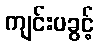
ကျင်းပခွင့်